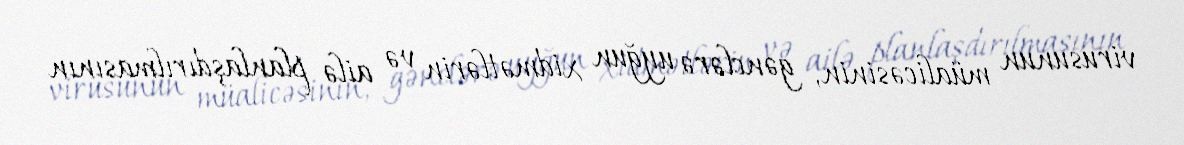
virusunun müalicəsinin, gənclərə uyğun xidmətlərin və ailə planlaşdırılmasının